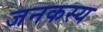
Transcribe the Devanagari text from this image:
जनकस्य